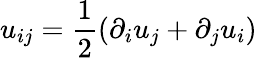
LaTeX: u_{ij}=\frac{1}{2}(\partial_{i}u_{j}+\partial_{j}u_{i})